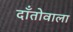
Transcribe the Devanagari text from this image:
दाँतोवाला